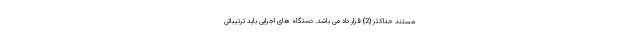
مستند حداکثر (2) قرار داد می باشد. دستگاه های اجرایی باید ترتیباتی